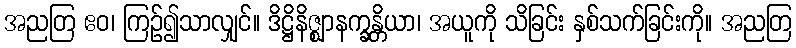
အညတြ ဧဝ၊ ကြဉ်၍သာလျှင်။ ဒိဋ္ဌိနိဇ္ဈာနက္ခန္တိယာ၊ အယူကို သိခြင်း နှစ်သက်ခြင်းကို။ အညတြ